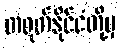
တရုတ်နိုင်ငံတို့မှ